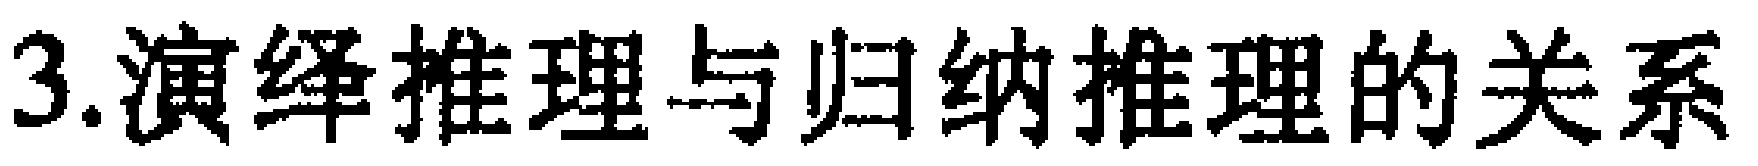
3.演绎推理与归纳推理的关系